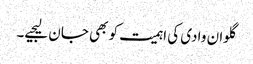
گلوان وادی کی اہمیت کو بھی جان لیجیے۔